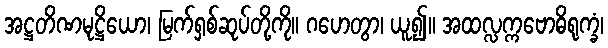
အဋ္ဌတိဏမုဋ္ဌိယော၊ မြက်ရှစ်ဆုပ်တို့ကို။ ဂဟေတွာ၊ ယူ၍။ အထလ္လက္ကဗောဓိရုက္ခံ၊